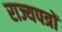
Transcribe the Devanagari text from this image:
राज्यपत्रों